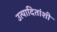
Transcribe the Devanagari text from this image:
उत्पादितांशी